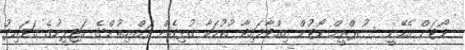
ވޯޓަށް އެހޭނީ ސުޕްރީމް ކޯޓުން އިއްވާފައިވާ ހުކުމަކާ ގުޅިގެން ރައްޔިތުންގެ މަޖިލީހުގެ ގަވައިދު